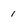
Character: 1